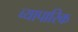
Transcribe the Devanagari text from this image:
व्‍यापारिक